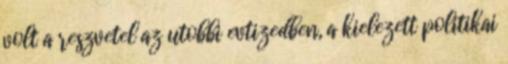
volt a reszvetel az utobbi evtizedben, a kielezett politikai